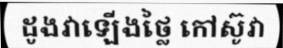
ដូងវាឡើងថ្លៃ កៅស៊ូវា